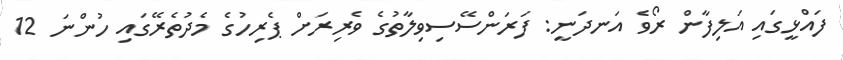
ފައްޅީގައި އަލިފާން ރޯވެ އަނދަނީ: ފަރަންސޭސިވިލާތުގެ ވެރިރަށް ޕެރިހުގެ މެދުތެރޭގައި ހުންނަ 12